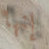
إنها